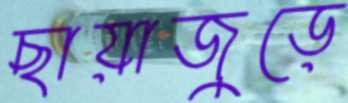
ছায়াজুড়ে